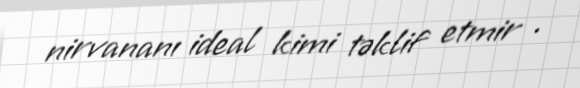
nirvananı ideal kimi təklif etmir .